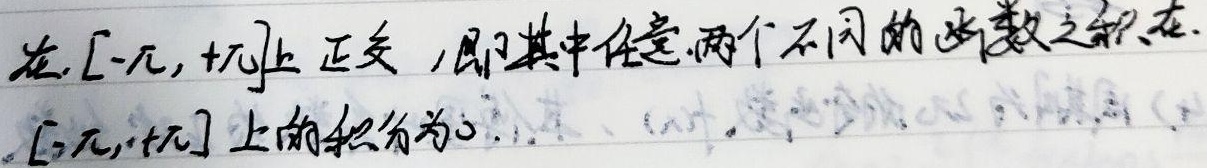
在\([-\pi, +\pi]\)上正交，即其中任意两个不同的函数之积在\([-\pi, +\pi]\)上的积分为\(0\)。